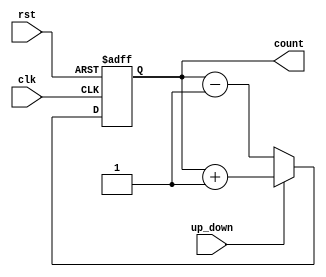
module up_down_counter (
    input wire clk,          // Clock input
    input wire rst,          // Asynchronous reset
    input wire up_down,      // Control signal for counting direction
    output reg [3:0] count   // 4-bit binary count output
);

    // Always block triggered on the rising edge of the clock or when reset is active
    always @(posedge clk or posedge rst) begin
        if (rst) begin
            count <= 4'b0000; // Reset the count to 0
        end else begin
            if (up_down) begin
                // Count Up
                count <= count + 1;
            end else begin
                // Count Down
                count <= count - 1;
            end
        end
    end

endmodule